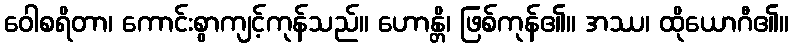
ဝေါစရိတာ၊ ကောင်းစွာကျင့်ကုန်သည်။ ဟောန္တိ၊ ဖြစ်ကုန်၏။ အဿ၊ ထိုယောဂီ၏။